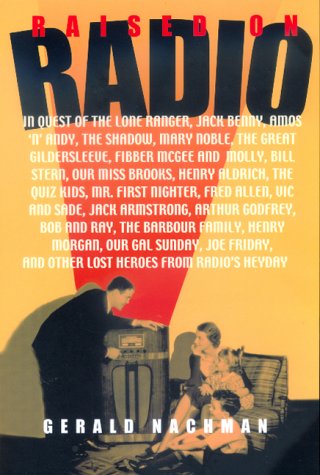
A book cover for Raised on Radio; Gerald Nachman; Humor & Entertainment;